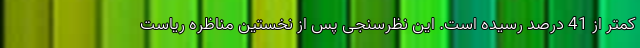
کمتر از 41 درصد رسیده است. این نظرسنجی پس از نخستین مناظره ریاست